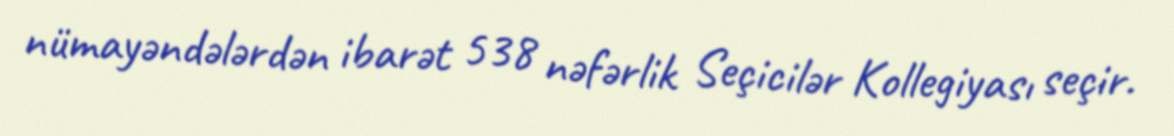
nümayəndələrdən ibarət 538 nəfərlik Seçicilər Kollegiyası seçir.